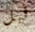
قبل